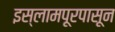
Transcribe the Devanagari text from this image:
इस्लामपूरपासून